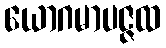
ယောဂမာပဇ္ဇထ